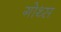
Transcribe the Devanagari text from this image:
गोथ्स